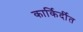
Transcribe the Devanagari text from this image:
कार्किर्दीत